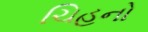
ચિહનો